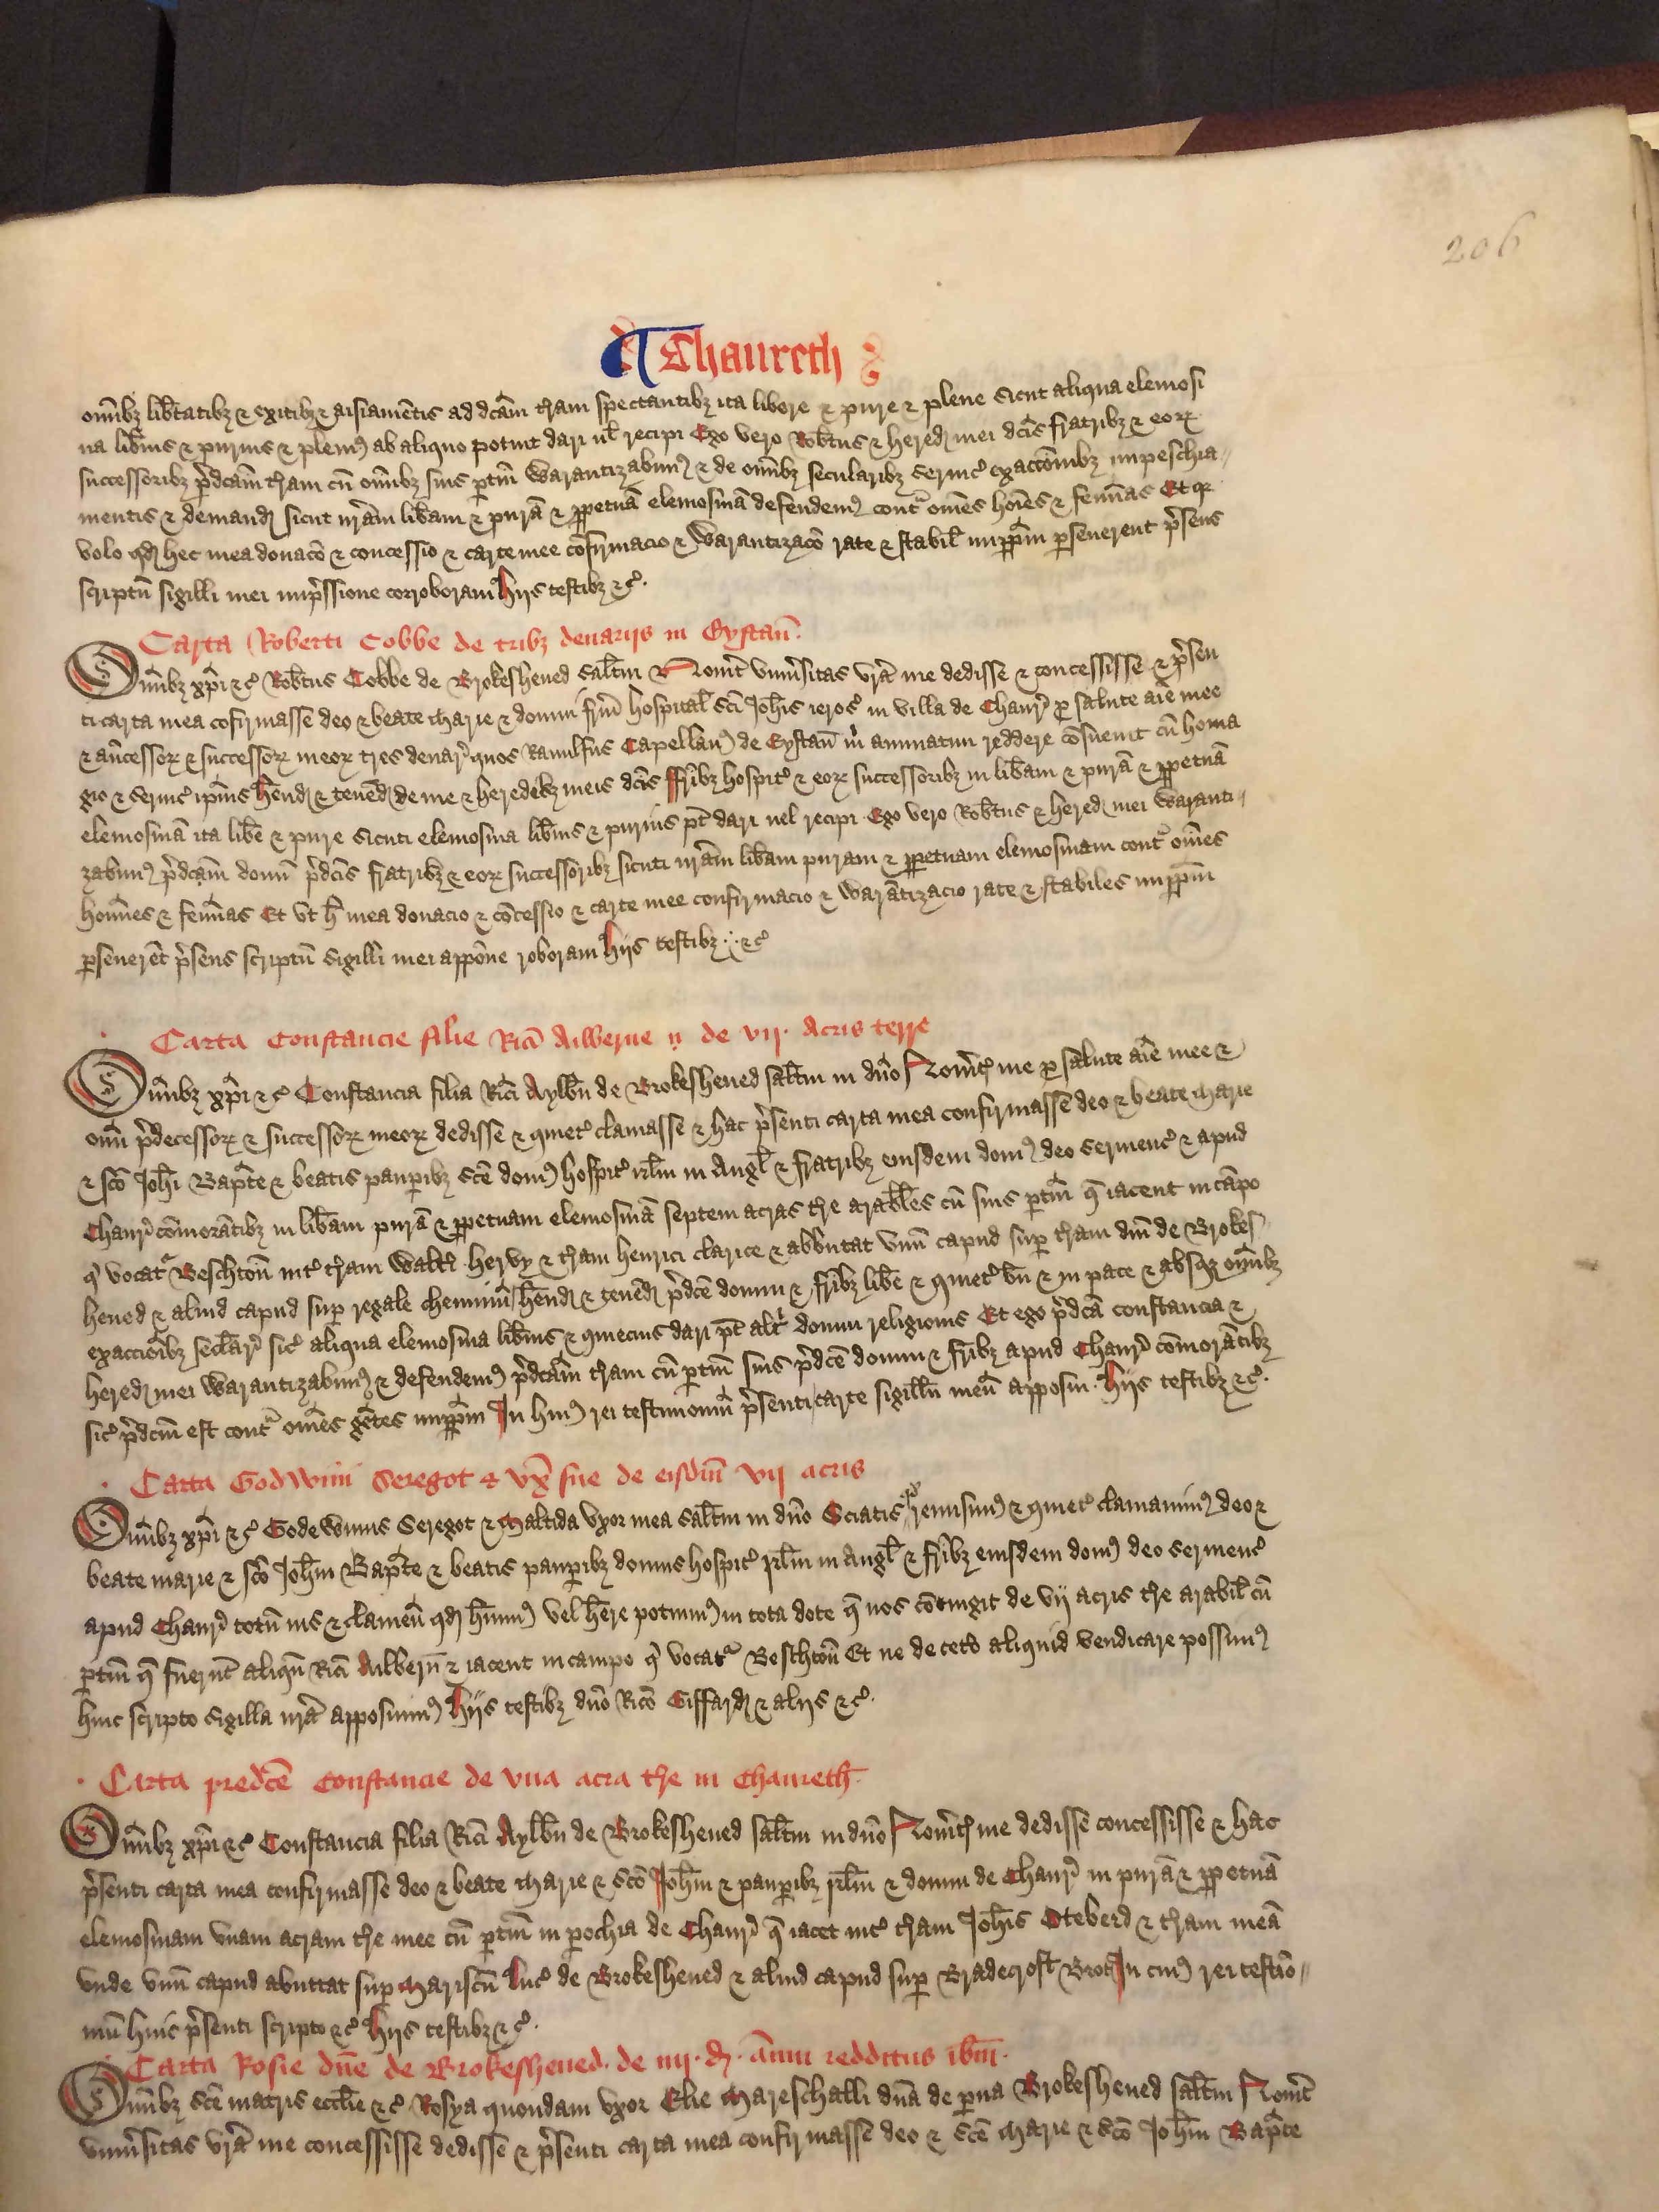
Shelfmark: London, British Library, Nero E VI
Century: 15